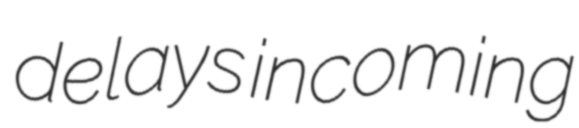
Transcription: delays incoming